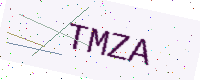
Text: TMZA